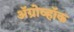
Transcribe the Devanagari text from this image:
अॅग्रोव्हॉक